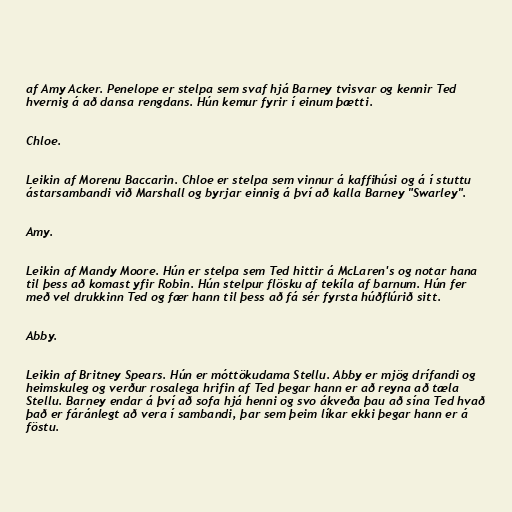
af Amy Acker. Penelope er stelpa sem svaf hjá Barney tvisvar og kennir Ted
hvernig á að dansa rengdans. Hún kemur fyrir í einum þætti.

Chloe.

Leikin af Morenu Baccarin. Chloe er stelpa sem vinnur á kaffihúsi og á í stuttu
ástarsambandi við Marshall og byrjar einnig á því að kalla Barney "Swarley".

Amy.

Leikin af Mandy Moore. Hún er stelpa sem Ted hittir á McLaren's og notar hana
til þess að komast yfir Robin. Hún stelpur flösku af tekíla af barnum. Hún fer
með vel drukkinn Ted og fær hann til þess að fá sér fyrsta húðflúrið sitt.

Abby.

Leikin af Britney Spears. Hún er móttökudama Stellu. Abby er mjög drífandi og
heimskuleg og verður rosalega hrifin af Ted þegar hann er að reyna að tæla
Stellu. Barney endar á því að sofa hjá henni og svo ákveða þau að sína Ted hvað
það er fáránlegt að vera í sambandi, þar sem þeim líkar ekki þegar hann er á
föstu.